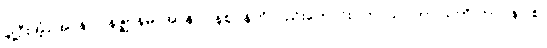
ချဲ့ဦးအံ့။ အာနာပါနဇ္ဈာနမ္ပိ၊ အာနာပါနဈာန်ကိုလည်းကောင်း။ ကာယဂတာ သတိ ဘာဝနာ စ၊